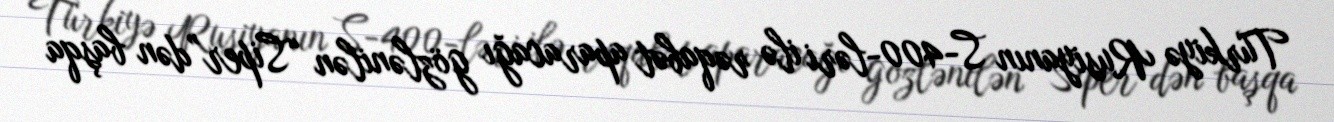
Türkiyə Rusiyanın S-400-ləri ilə rəqabət aparacağı gözlənilən “Siper”dən başqa